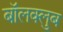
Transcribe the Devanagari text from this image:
बॉलक्लुब